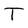
Character: T